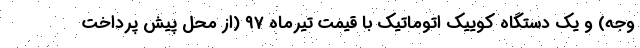
وجه) و یک دستگاه کوییک اتوماتیک با قیمت تیرماه ۹۷ (از محل پیش پرداخت